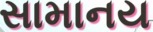
સામાનય